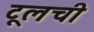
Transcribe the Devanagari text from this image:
टूलची